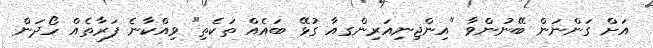
އަށް ގަންނަން ބޭނުންވާ "އިންޖިނިއަރިންގއާ ގުޅޭ ބައެއް ތަކެތި" ވިއްކާނެ ފަރާތެއް ހޯދަން